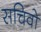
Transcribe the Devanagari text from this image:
सचिवो